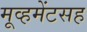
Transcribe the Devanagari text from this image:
मूव्हमेंटसह